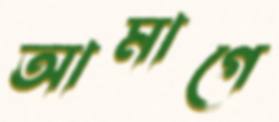
আমাগে